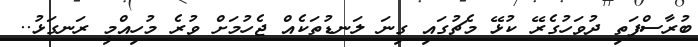
ބުރާސްފަތި ދުވަހުގެރޭ ކުޅޭ މެޗުގައި ގިނަ ލަނޑުތަކެއް ޖެހުމަށް ވުރެ މުހިއްމީ ރަނގަޅު..